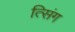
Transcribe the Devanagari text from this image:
त्सिंग